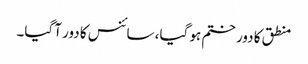
منطق کا دور ختم ہو گیا، سائنس کا دور آگیا۔